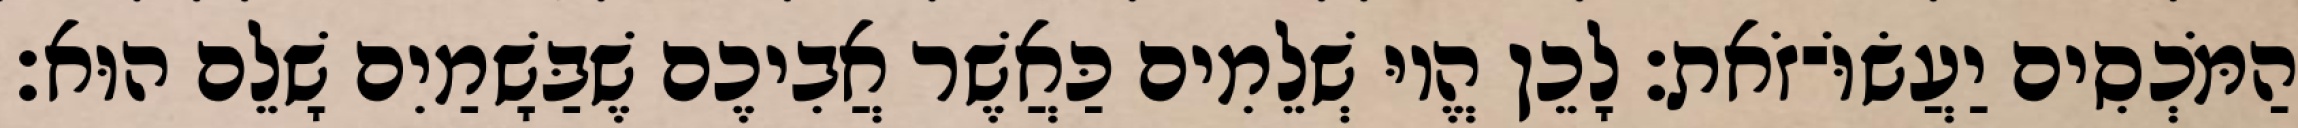
הַמֹּכְסִים יַעֲשׂוֹּ־זֹאת׃ לָכֵן הֱיוּ שְׁלֵמִים כַּאֲשֶׁר אֲבִיכֶם שֶׁבַּשָׁמַיִם שָׁלֵם הוּא׃